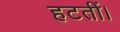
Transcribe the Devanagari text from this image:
हटतीं।